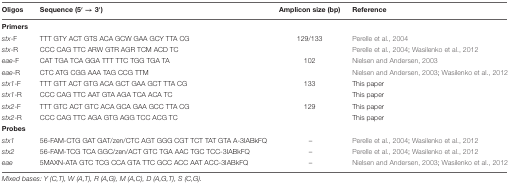
<table><thead><tr><td><b>Oligos</b></td><td><b>Sequence (5′ → 3′)</b></td><td><b>Amplicon size (bp)</b></td><td><b>Reference</b></td></tr></thead><tbody><tr><td><b>Primers</b></td><td></td><td></td><td></td></tr><tr><td><i>stx</i>-F</td><td>TTT GTY ACT GTS ACA GCW GAA GCY TTA CG</td><td>129/133</td><td>Perelle et al., 2004</td></tr><tr><td><i>stx</i>-R</td><td>CCC CAG TTC ARW GTR AGR TCM ACD TC</td><td></td><td>Perelle et al., 2004; Wasilenko et al., 2012</td></tr><tr><td><i>eae</i>-F</td><td>CAT TGA TCA GGA TTT TTC TGG TGA TA</td><td>102</td><td>Nielsen and Andersen, 2003</td></tr><tr><td><i>eae</i>-R</td><td>CTC ATG CGG AAA TAG CCG TTM</td><td></td><td>Nielsen and Andersen, 2003; Wasilenko et al., 2012</td></tr><tr><td><i>stx1</i>-F</td><td>TTT GTT ACT GTG ACA GCT GAA GCT TTA CG</td><td>133</td><td>This paper</td></tr><tr><td><i>stx1</i>-R</td><td>CCC CAG TTC AAT GTA AGA TCA ACA TC</td><td></td><td>This paper</td></tr><tr><td><i>stx2</i>-F</td><td>TTT GTC ACT GTC ACA GCA GAA GCC TTA CG</td><td>129</td><td>This paper</td></tr><tr><td><i>stx2</i>-R</td><td>CCC CAG TTC AGA GTG AGG TCC ACG TC</td><td></td><td>This paper</td></tr><tr><td><b>Probes</b></td><td></td><td></td><td></td></tr><tr><td><i>stx1</i></td><td>56-FAM-CTG GAT GAT/zen/CTC AGT GGG CGT TCT TAT GTA A-3IABkFQ</td><td>–</td><td>Perelle et al., 2004; Wasilenko et al., 2012</td></tr><tr><td><i>stx2</i></td><td>56-FAM-TCG TCA GGC/zen/ACT GTC TGA AAC TGC TCC-3IABkFQ</td><td>–</td><td>Perelle et al., 2004; Wasilenko et al., 2012</td></tr><tr><td><i>eae</i></td><td>5MAXN-ATA GTC TCG CCA GTA TTC GCC ACC AAT ACC-3IABkFQ</td><td>–</td><td>Nielsen and Andersen, 2003; Wasilenko et al., 2012</td></tr></tbody></table>